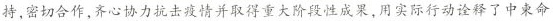
持，密切合作，齐心协力抗击疫情并取得重大阶段性成果，用实际行动诠释了中柬命